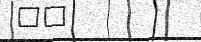
٦٠